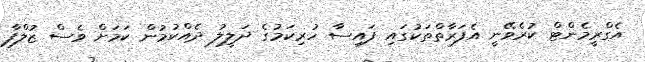
އެގްރީމެންޓް ކުރެވޭނީ އެފަރާތްތަކުގައި ފައިސާ ހުރިކަމުގެ ދަލީލު ދެއްކުމުން ކަމަށް ވެސް ޒުލްފާ